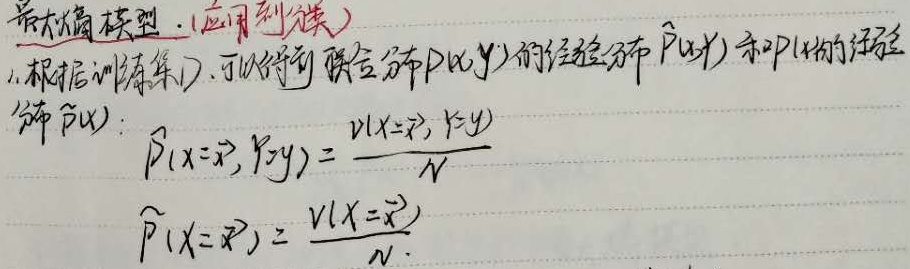
最大熵模型（应用到分类）：
1. 根据训练集 \(D\)，可以得到联合分布 \(P(x,y)\) 的经验分布 \(\widehat{P}(x,y)\) 和 \(P(x)\) 的经验分布 \(\widehat{P}(x)\)：
\(\widehat{P}(x = \widetilde{x},y = \widetilde{y})=\frac{v(x=\widetilde{x},y = \widetilde{y})}{N}\)
\(\widehat{P}(x=\widetilde{x})=\frac{v(x = \widetilde{x})}{N}\)